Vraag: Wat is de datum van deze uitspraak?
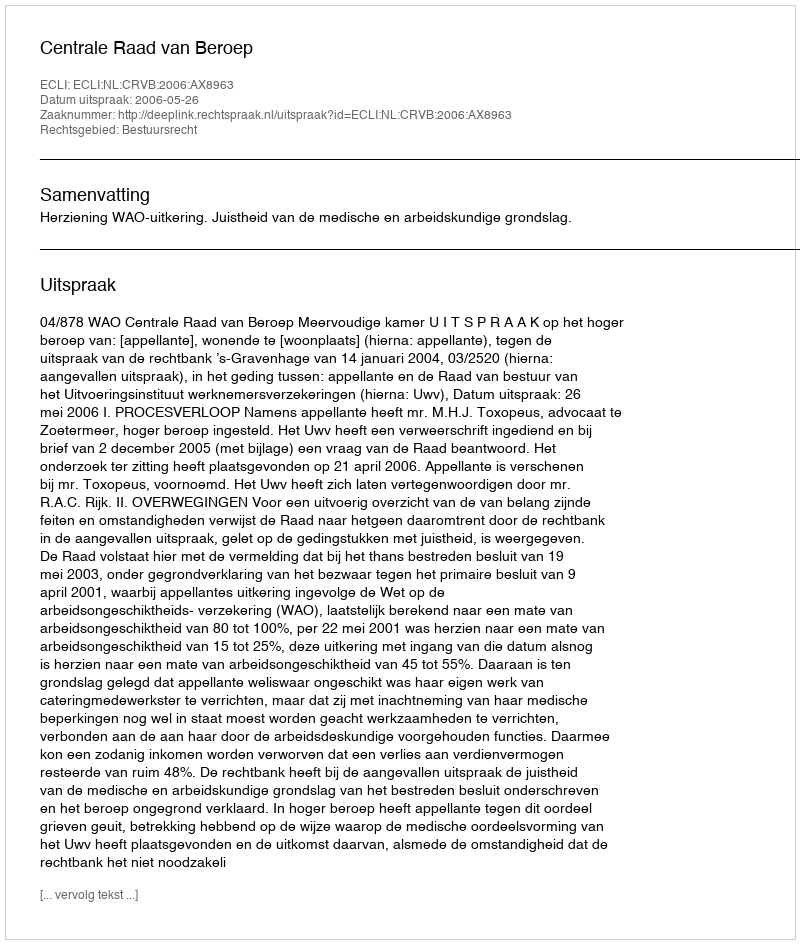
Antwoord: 2006-05-26